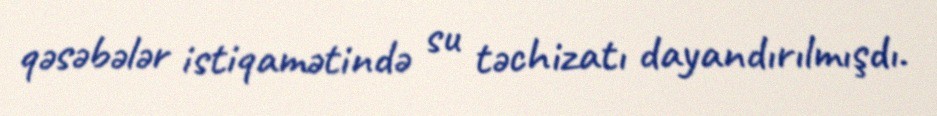
qəsəbələr istiqamətində su təchizatı dayandırılmışdı.